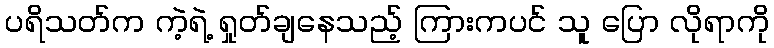
ပရိသတ်က ကဲ့ရဲ့ ရှုတ်ချနေသည့် ကြားကပင် သူ ပြော လိုရာကို